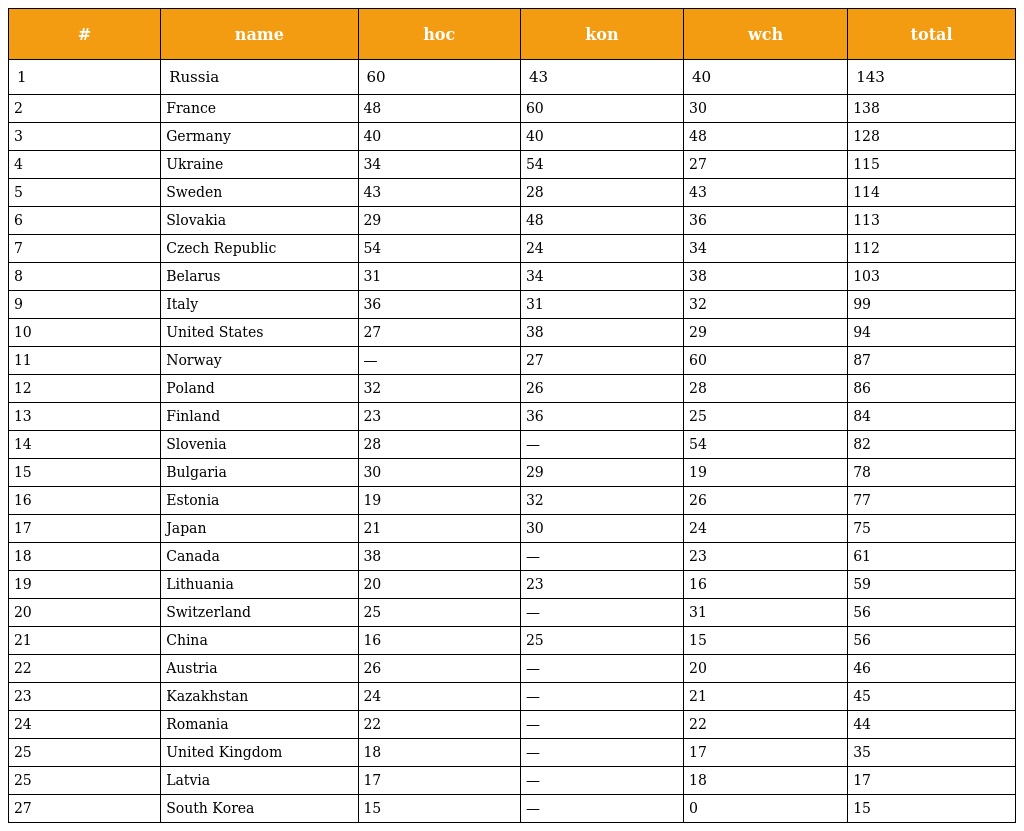
| # | name | hoc | kon | wch | total |
 | --- | --- | --- | --- | --- | --- |
 | 1 | Russia | 60 | 43 | 40 | 143 |
 | 2 | France | 48 | 60 | 30 | 138 |
 | 3 | Germany | 40 | 40 | 48 | 128 |
 | 4 | Ukraine | 34 | 54 | 27 | 115 |
 | 5 | Sweden | 43 | 28 | 43 | 114 |
 | 6 | Slovakia | 29 | 48 | 36 | 113 |
 | 7 | Czech Republic | 54 | 24 | 34 | 112 |
 | 8 | Belarus | 31 | 34 | 38 | 103 |
 | 9 | Italy | 36 | 31 | 32 | 99 |
 | 10 | United States | 27 | 38 | 29 | 94 |
 | 11 | Norway | — | 27 | 60 | 87 |
 | 12 | Poland | 32 | 26 | 28 | 86 |
 | 13 | Finland | 23 | 36 | 25 | 84 |
 | 14 | Slovenia | 28 | — | 54 | 82 |
 | 15 | Bulgaria | 30 | 29 | 19 | 78 |
 | 16 | Estonia | 19 | 32 | 26 | 77 |
 | 17 | Japan | 21 | 30 | 24 | 75 |
 | 18 | Canada | 38 | — | 23 | 61 |
 | 19 | Lithuania | 20 | 23 | 16 | 59 |
 | 20 | Switzerland | 25 | — | 31 | 56 |
 | 21 | China | 16 | 25 | 15 | 56 |
 | 22 | Austria | 26 | — | 20 | 46 |
 | 23 | Kazakhstan | 24 | — | 21 | 45 |
 | 24 | Romania | 22 | — | 22 | 44 |
 | 25 | United Kingdom | 18 | — | 17 | 35 |
 | 25 | Latvia | 17 | — | 18 | 17 |
 | 27 | South Korea | 15 | — | 0 | 15 |